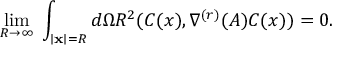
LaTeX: \operatorname * { l i m } _ { R \rightarrow \infty } \; \int _ { \mid { \bf x } \mid = R } d \Omega R ^ { 2 } ( C ( x ) , \nabla ^ { ( r ) } ( A ) C ( x ) ) = 0 .